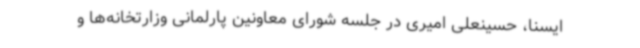
ایسنا، حسینعلی امیری در جلسه شورای معاونین پارلمانی وزارتخانه‌ها و